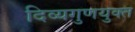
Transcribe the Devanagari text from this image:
दिव्यगुणयुक्त